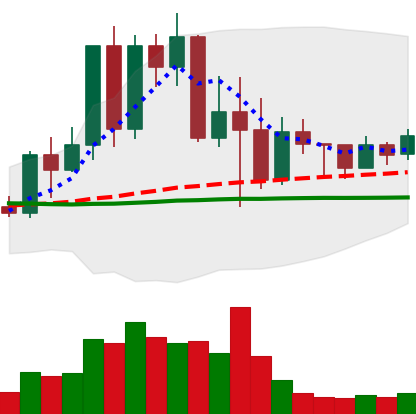
Ticker: TRX-USD
Chart end date: 2022-05-19
Forward return: 9.509%
Label: up_7plus